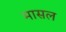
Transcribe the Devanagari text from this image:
मासल